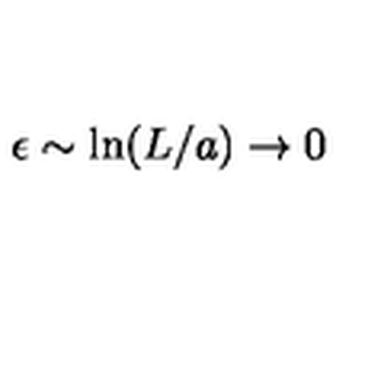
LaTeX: \epsilon \sim \mathrm { l n } ( L / a ) \to 0